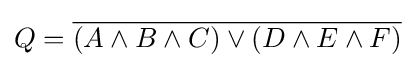
Q={\overline {(A\wedge B\wedge C)\vee (D\wedge E\wedge F)}}